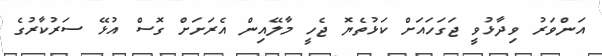
އަންވަރު ވިދާޅުވީ ޖަގަހައަށް ކަޅުތެޔޮ ޖެހީ މާލޭއިން އެރަށަށް ގޮސް އުޅޭ ސަރުކާރުގެ